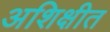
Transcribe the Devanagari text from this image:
अशिक्षीत